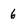
Character: 6